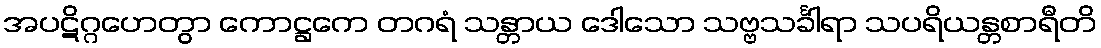
အပဋိဂ္ဂဟေတွာ ကောဋ္ဌကေ တဂရံ သန္တာယ ဒေါသော သဗ္ဗသင်္ခါရာ သပရိယန္တစာရီတိ